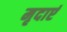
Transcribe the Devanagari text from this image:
मृदाएं